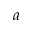
a